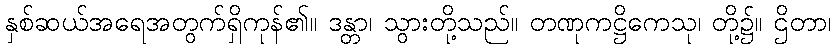
နှစ်ဆယ်အရေအတွက်ရှိကုန်၏။ ဒန္တာ၊ သွားတို့သည်။ တဏုကဋ္ဌိကေသု၊ တို့၌။ ဌိတာ၊